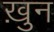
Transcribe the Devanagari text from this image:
ख़ुन